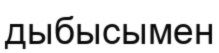
дыбысымен